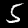
Digit: 5